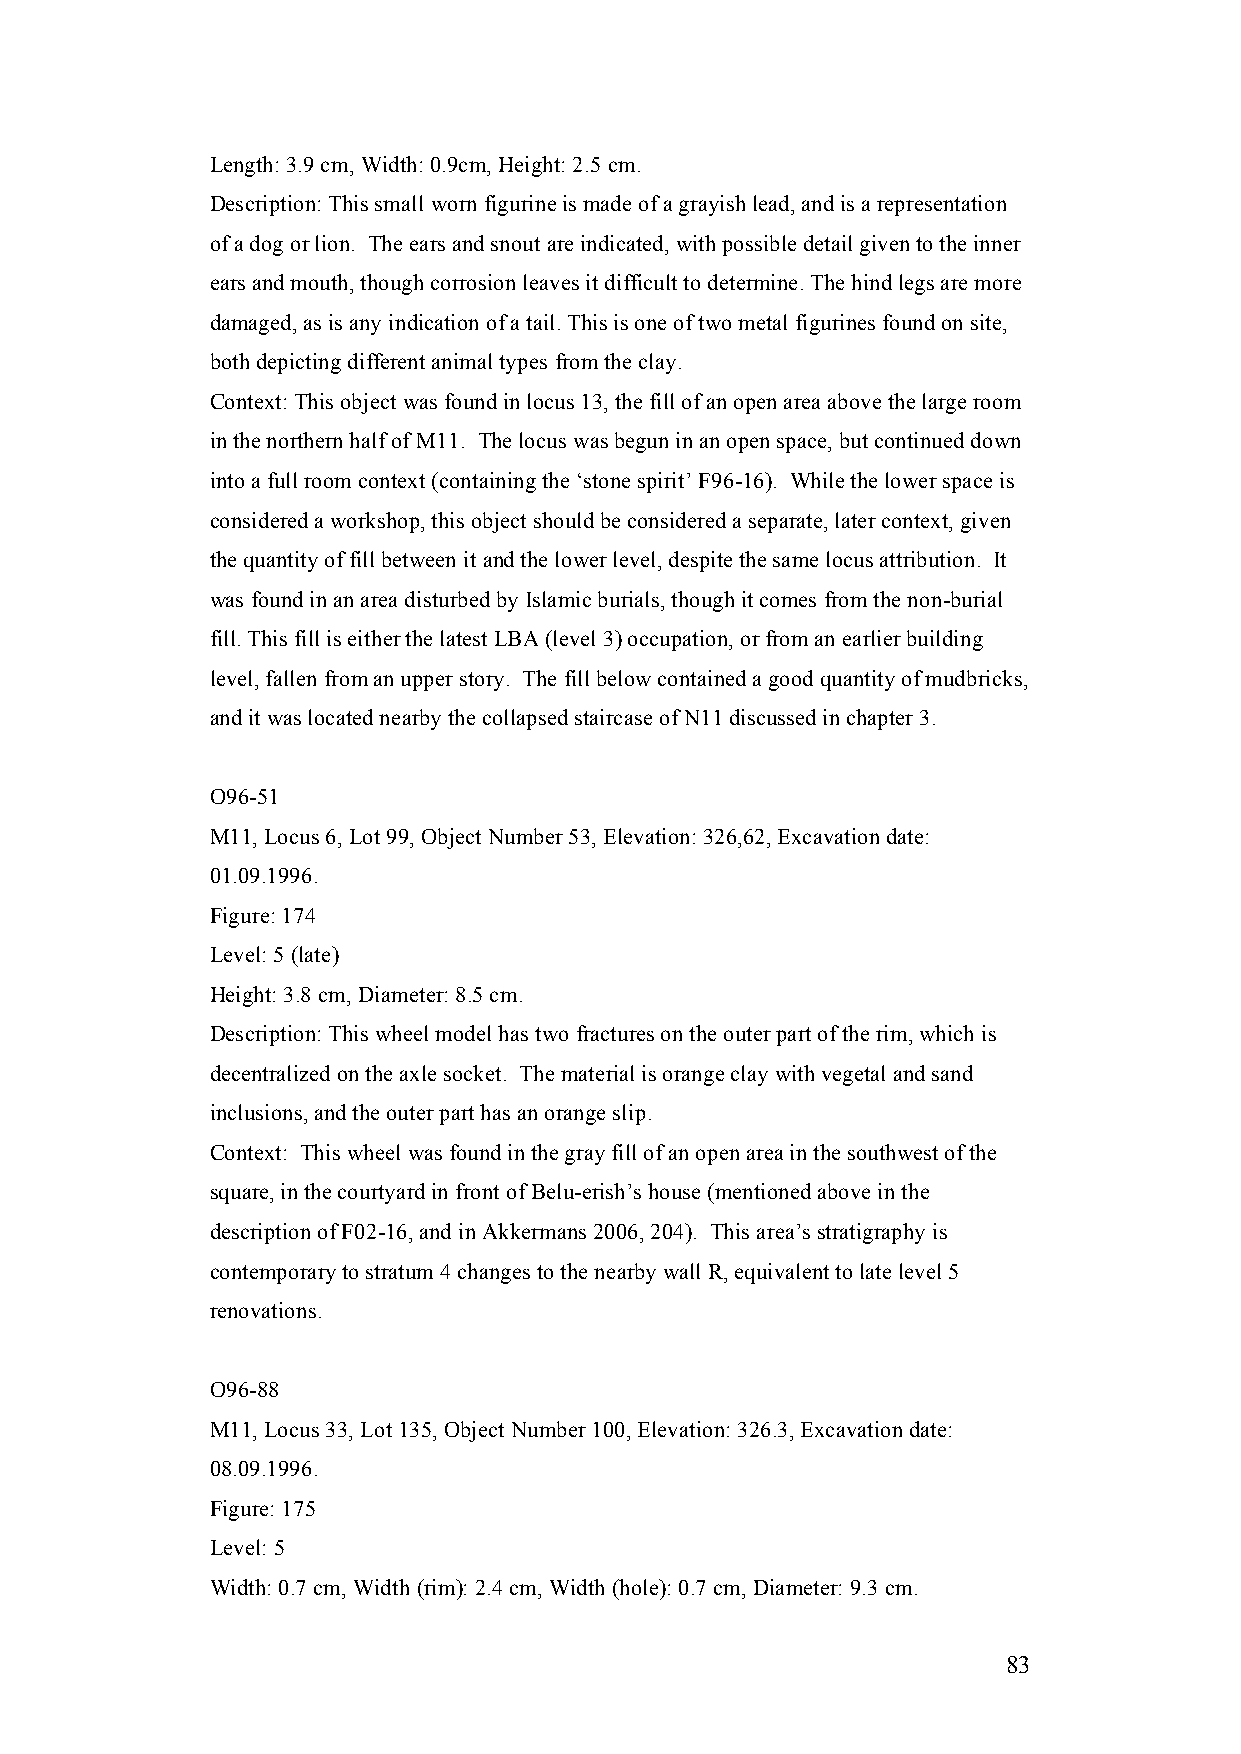
Length: 3.9 cm, Width: 0.9cm, Height: 2.5 cm.
 Description: This small worn figurine is made of a grayish lead, and is a representation
 of a dog or lion. The ears and snout are indicated, with possible detail given to the inner
 ears and mouth, though corrosion leaves it difficult to determine. The hind legs are more
 damaged, as is any indication of a tail. This is one of two metal figurines found on site,
 both depicting different animal types from the clay.
 Context: This object was found in locus 13, the fill of an open area above the large room
 in the northern half of M11. The locus was begun in an open space, but continued down
 into a full room context (containing the ‘stone spirit’ F96-16). While the lower space is
 considered a workshop, this object should be considered a separate, later context, given
 the quantity of fill between it and the lower level, despite the same locus attribution. It
 was found in an area disturbed by Islamic burials, though it comes from the non-burial
 fill. This fill is either the latest LBA (level 3) occupation, or from an earlier building
 level, fallen from an upper story. The fill below contained a good quantity of mudbricks,
 and it was located nearby the collapsed staircase of N11 discussed in chapter 3.
 O96-51
 M11, Locus 6, Lot 99, Object Number 53, Elevation: 326,62, Excavation date:
 01.09.1996.
 Figure: 174
 Level: 5 (late)
 Height: 3.8 cm, Diameter: 8.5 cm.
 Description: This wheel model has two fractures on the outer part of the rim, which is
 decentralized on the axle socket. The material is orange clay with vegetal and sand
 inclusions, and the outer part has an orange slip.
 Context: This wheel was found in the gray fill of an open area in the southwest of the
 square, in the courtyard in front of Belu-erish’s house (mentioned above in the
 description of F02-16, and in Akkermans 2006, 204). This area’s stratigraphy is
 contemporary to stratum 4 changes to the nearby wall R, equivalent to late level 5
 renovations.
 O96-88
 M11, Locus 33, Lot 135, Object Number 100, Elevation: 326.3, Excavation date:
 08.09.1996.
 Figure: 175
 Level: 5
 Width: 0.7 cm, Width (rim): 2.4 cm, Width (hole): 0.7 cm, Diameter: 9.3 cm.
 83